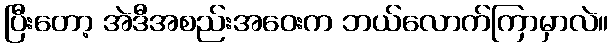
ပြီးတော့ အဲဒီအစည်းအဝေးက ဘယ်လောက်ကြာမှာလဲ။